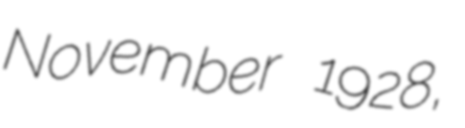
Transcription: November 1928,